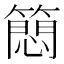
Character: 䉍